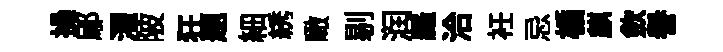
操鄔濯陂狂題細綉瞰剔润羅洽衽忌楯麒歛譽